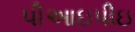
પીઆઇપીઇ